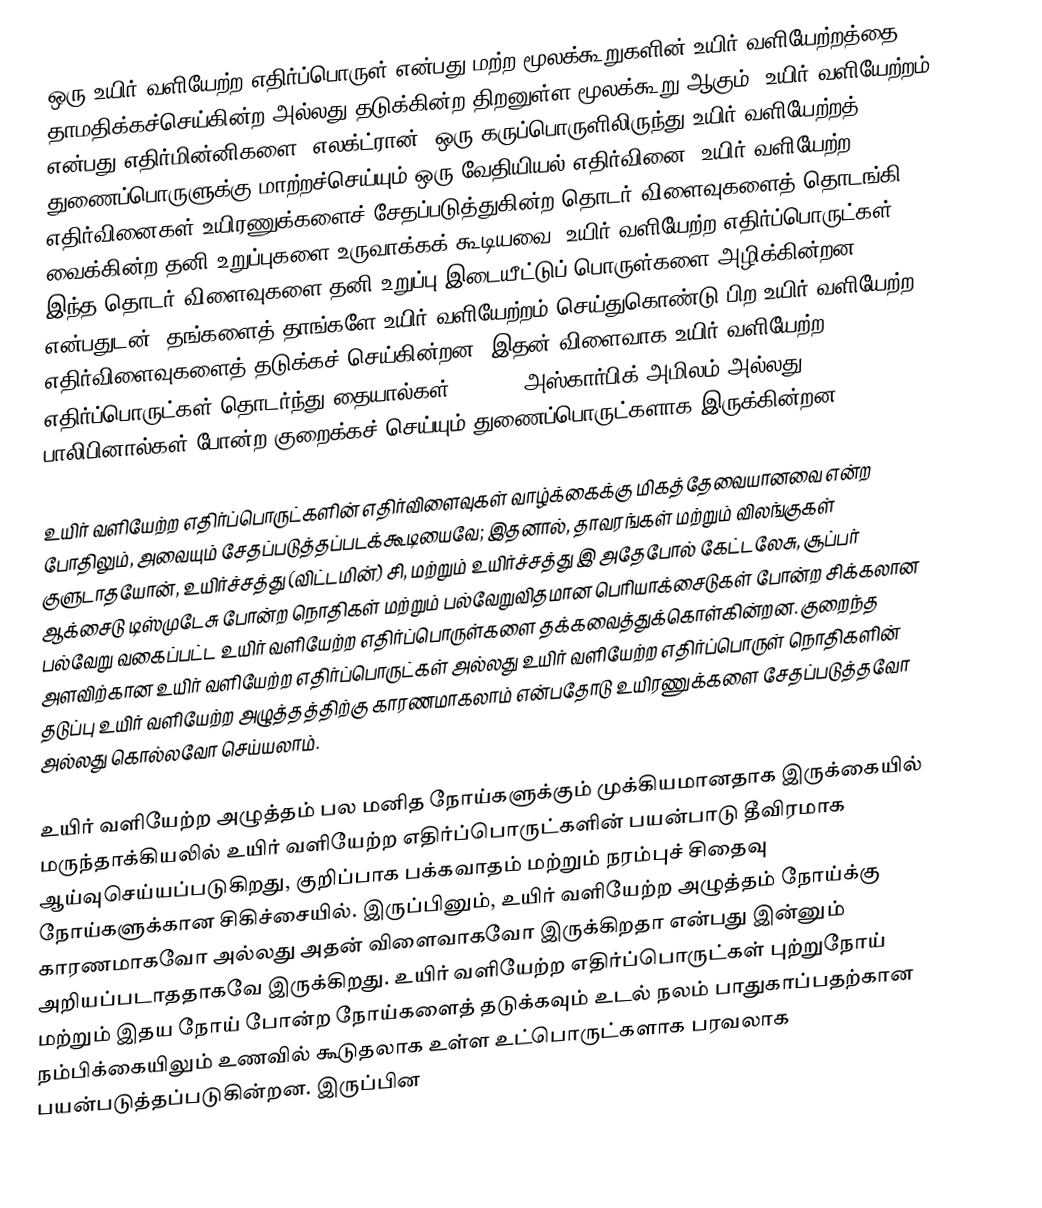
ஒரு உயிர் வளியேற்ற எதிர்ப்பொருள் என்பது மற்ற மூலக்கூறுகளின் உயிர் வளியேற்றத்தை தாமதிக்கச்செய்கின்ற அல்லது தடுக்கின்ற திறனுள்ள மூலக்கூறு ஆகும். உயிர் வளியேற்றம் என்பது எதிர்மின்னிகளை (எலக்ட்ரான்) ஒரு கருப்பொருளிலிருந்து உயிர் வளியேற்றத் துணைப்பொருளுக்கு மாற்றச்செய்யும் ஒரு வேதியியல் எதிர்வினை. உயிர் வளியேற்ற எதிர்வினைகள் உயிரணுக்களைச் சேதப்படுத்துகின்ற தொடர் விளைவுகளைத் தொடங்கி வைக்கின்ற தனி உறுப்புகளை உருவாக்கக் கூடியவை. உயிர் வளியேற்ற எதிர்ப்பொருட்கள் இந்த தொடர் விளைவுகளை தனி உறுப்பு இடையீட்டுப் பொருள்களை அழிக்கின்றன என்பதுடன், தங்களைத் தாங்களே உயிர் வளியேற்றம் செய்துகொண்டு பிற உயிர் வளியேற்ற எதிர்விளைவுகளைத் தடுக்கச் செய்கின்றன. இதன் விளைவாக உயிர் வளியேற்ற எதிர்ப்பொருட்கள் தொடர்ந்து தையால்கள்(thiol), அஸ்கார்பிக் அமிலம் அல்லது பாலிபினால்கள் போன்ற குறைக்கச் செய்யும் துணைப்பொருட்களாக இருக்கின்றன.

உயிர் வளியேற்ற எதிர்ப்பொருட்களின் எதிர்விளைவுகள் வாழ்க்கைக்கு மிகத்தேவையானவை என்ற போதிலும், அவையும் சேதப்படுத்தப்படக்கூடியைவே; இதனால், தாவரங்கள் மற்றும் விலங்குகள் குளுடாதயோன், உயிர்ச்சத்து (விட்டமின்) சி, மற்றும் உயிர்ச்சத்து இ அதேபோல் கேட்டலேசு, சூப்பர் ஆக்சைடு டிஸ்முடேசு போன்ற நொதிகள் மற்றும் பல்வேறுவிதமான பெரியாக்சைடுகள் போன்ற சிக்கலான பல்வேறு வகைப்பட்ட உயிர் வளியேற்ற எதிர்ப்பொருள்களை தக்கவைத்துக்கொள்கின்றன. குறைந்த அளவிற்கான உயிர் வளியேற்ற எதிர்ப்பொருட்கள் அல்லது உயிர் வளியேற்ற எதிர்ப்பொருள் நொதிகளின் தடுப்பு உயிர் வளியேற்ற அழுத்தத்திற்கு காரணமாகலாம் என்பதோடு உயிரணுக்களை சேதப்படுத்தவோ அல்லது கொல்லவோ செய்யலாம்.

உயிர் வளியேற்ற அழுத்தம் பல மனித நோய்களுக்கும் முக்கியமானதாக இருக்கையில் மருந்தாக்கியலில் உயிர் வளியேற்ற எதிர்ப்பொருட்களின் பயன்பாடு தீவிரமாக ஆய்வுசெய்யப்படுகிறது, குறிப்பாக பக்கவாதம் மற்றும் நரம்புச் சிதைவு நோய்களுக்கான சிகிச்சையில். இருப்பினும், உயிர் வளியேற்ற அழுத்தம் நோய்க்கு காரணமாகவோ அல்லது அதன் விளைவாகவோ இருக்கிறதா என்பது இன்னும் அறியப்படாததாகவே இருக்கிறது. உயிர் வளியேற்ற எதிர்ப்பொருட்கள் புற்றுநோய் மற்றும் இதய நோய் போன்ற நோய்களைத் தடுக்கவும் உடல் நலம் பாதுகாப்பதற்கான நம்பிக்கையிலும் உணவில் கூடுதலாக உள்ள உட்பொருட்களாக பரவலாக பயன்படுத்தப்படுகின்றன. இருப்பின